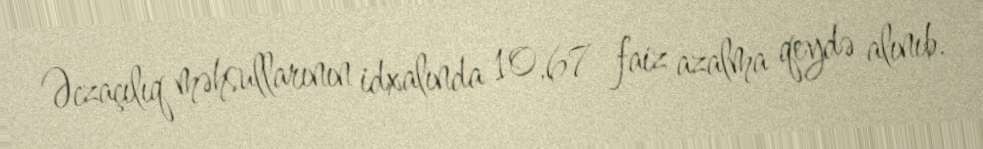
Əczaçılıq məhsullarının idxalında 10,67 faiz azalma qeydə alınıb.